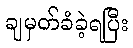
ချမှတ်ခံခဲ့ရပြီး